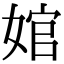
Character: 婠